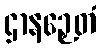
ဌာနဉှေတံ